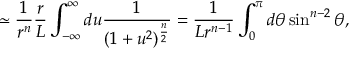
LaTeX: \simeq { \frac { 1 } { r ^ { n } } } { \frac { r } { L } } \int _ { - \infty } ^ { \infty } d u { \frac { 1 } { ( 1 + u ^ { 2 } ) ^ { \frac { n } { 2 } } } } = { \frac { 1 } { L r ^ { n - 1 } } } \int _ { 0 } ^ { \pi } d \theta \sin ^ { n - 2 } \theta ,